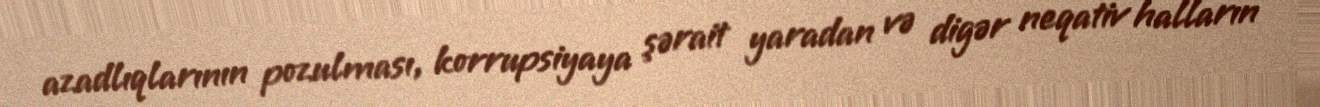
azadlıqlarının pozulması, korrupsiyaya şərait yaradan və digər neqativ halların